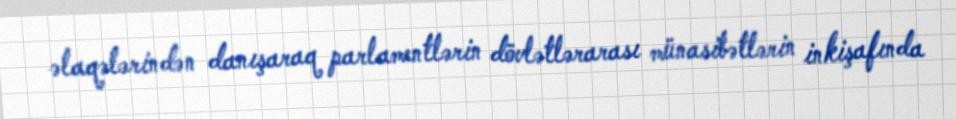
əlaqələrindən danışaraq parlamentlərin dövlətlərarası münasibətlərin inkişafında